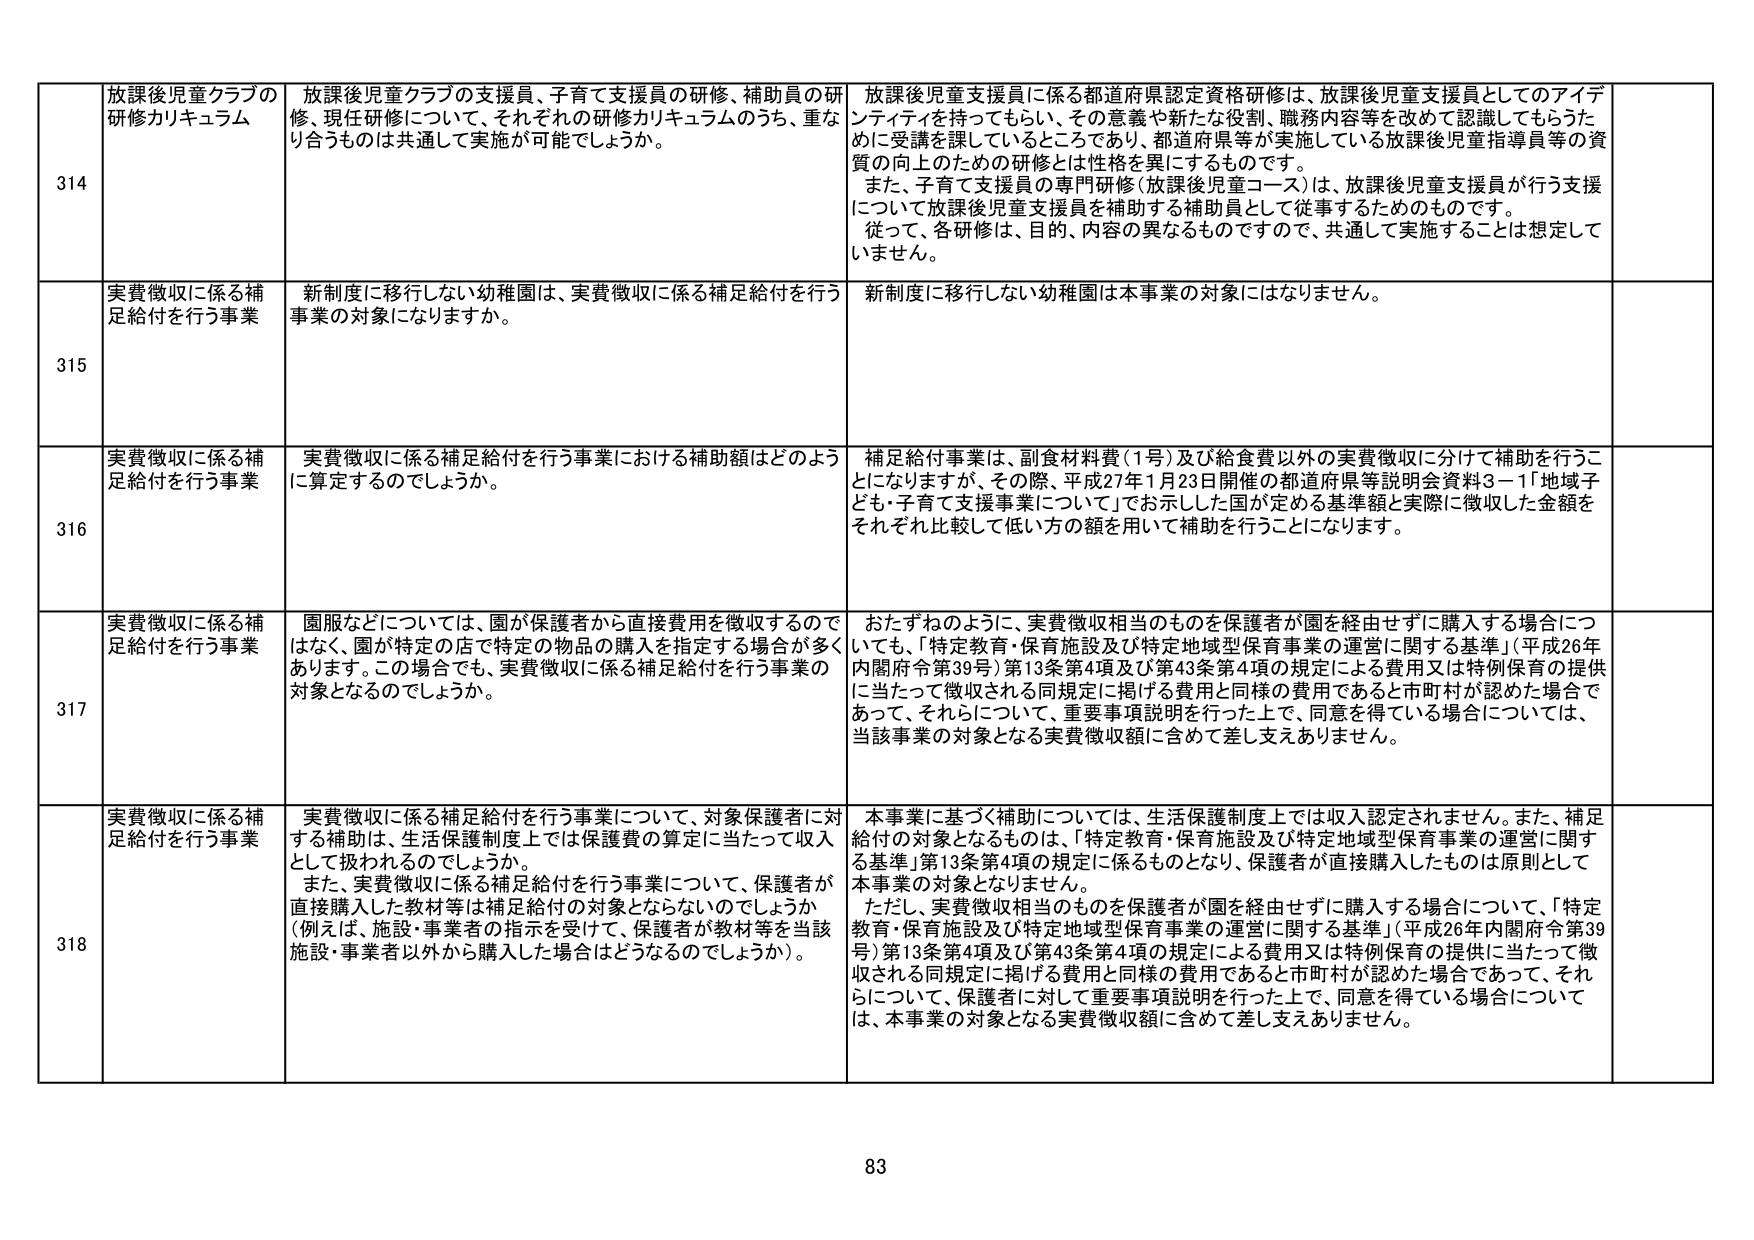
314 放課後児童クラブの研修カリキュラム 放課後児童クラブの支援員、子育て支援員の研修、補助員の研修、現任研修について、それぞれの研修カリキュラムのうち、重なり合うものは共通して実施が可能でしょうか。 放課後児童支援員に係る都道府県認定資格研修は、放課後児童支援員としてのアイデンティティを持ってもらい、その意義や新たな役割、職務内容等を改めて認識してもらうために受講を課しているところであり、都道府県等が実施している放課後児童指導員等の資質の向上のための研修とは性格を異にするものです。 また、子育て支援員の専門研修（放課後児童コース）は、放課後児童支援員が行う支援について放課後児童支援員を補助する補助員として従事するためのものです。 従って、各研修は、目的、内容の異なるものですので、共通して実施することは想定していません。

315 実費徴収に係る補足給付を行う事業 新制度に移行しない幼稚園は、実費徴収に係る補足給付を行う事業の対象になりますか。 新制度に移行しない幼稚園は本事業の対象にはなりません。

316 実費徴収に係る補足給付を行う事業 実費徴収に係る補足給付を行う事業における補助額はどのように算定するのでしょうか。 補足給付事業は、副食材料費（1号）及び給食費以外の実費徴収に分けて補助を行うことになりますが、その際、平成27年1月23日開催の都道府県等説明会資料3－1「地域子ども・子育て支援事業について」でお示しした国が定める基準額と実際に徴収した金額をそれぞれ比較して低い方の額を用いて補助を行うことになります。

317 実費徴収に係る補足給付を行う事業 園服などについては、園が保護者から直接費用を徴収するのではなく、園が特定の店で特定の物品の購入を指定する場合が多くあります。この場合でも、実費徴収に係る補足給付を行う事業の対象となるのでしょうか。 おたずねのように、実費徴収相当のものを保護者が園を経由せずに購入する場合についても、「特定教育・保育施設及び特定地域型保育事業の運営に関する基準」（平成26年内閣府令第39号）第13条第4項及び第43条第4項の規定による費用又は特例保育の提供に当たって徴収される同規定に掲げる費用と同様の費用であると市町村が認めた場合であって、それらについて、重要事項説明を行った上で、同意を得ている場合については、当該事業の対象となる実費徴収額に含めて差し支えありません。

318 実費徴収に係る補足給付を行う事業 実費徴収に係る補足給付を行う事業について、対象保護者に対する補助は、生活保護制度上では保護費の算定に当たって収入として扱われるのでしょうか。 また、実費徴収に係る補足給付を行う事業について、保護者が直接購入した教材等は補足給付の対象とならないのでしょうか（例えば、施設・事業者の指示を受けて、保護者が教材等を当該施設・事業者以外から購入した場合はどうなるのでしょうか）。 本事業に基づく補助については、生活保護制度上では収入認定されません。また、補足給付の対象となるものは、「特定教育・保育施設及び特定地域型保育事業の運営に関する基準」第13条第4項の規定に係るものとなり、保護者が直接購入したものは原則として本事業の対象となりません。 ただし、実費徴収相当のものを保護者が園を経由せずに購入する場合について、「特定教育・保育施設及び特定地域型保育事業の運営に関する基準」（平成26年内閣府令第39号）第13条第4項及び第43条第4項の規定による費用又は特例保育の提供に当たって徴収される同規定に掲げる費用と同様の費用であると市町村が認めた場合であって、それらについて、保護者に対して重要事項説明を行った上で、同意を得ている場合については、本事業の対象となる実費徴収額に含めて差し支えありません。

83